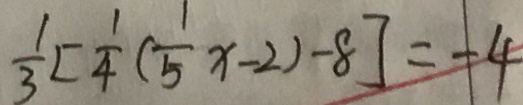
\frac { 1 } { 3 } [ \frac { 1 } { 4 } ( \frac { 1 } { 5 } x - 2 ) - 8 ] = - 4